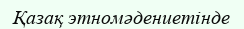
Қазақ этномәдениетінде